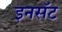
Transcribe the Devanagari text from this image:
इनसॅट